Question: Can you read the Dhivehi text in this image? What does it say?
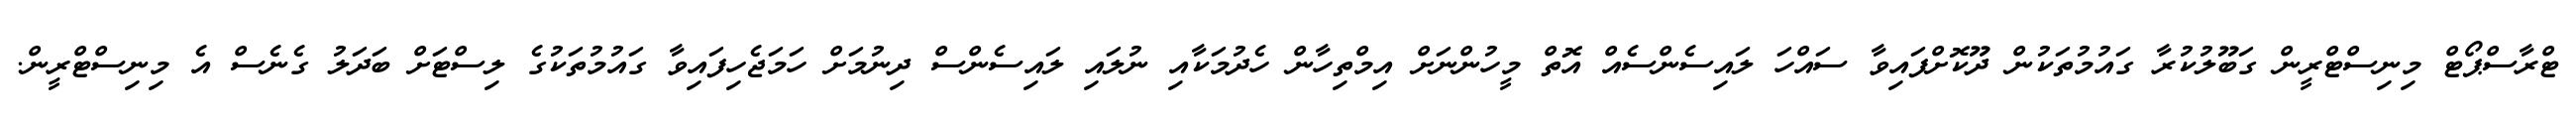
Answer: ޓްރާސްޕޯޓް މިނިސްޓްރީން ގަބޫލުކުރާ ގައުމުތަކުން ދޫކޮށްފައިވާ ސައްހަ ލައިސެންސެއް އޮތް މީހުންނަށް އިމްތިހާން ހެދުމަކާއި ނުލައި ލައިސެންސް ދިނުމަށް ހަމަޖެހިފައިވާ ގައުމުތަކުގެ ލިސްޓަށް ބަދަލު ގެނެސް އެ މިނިސްޓްރީން.